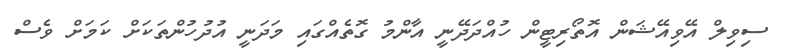
ސިވިލް އޭވިއޭޝަން އޮތޯރިޓީން ހުއްދަދޭނީ އާންމު ގޮތެއްގައި މަދަނީ އުދުހުންތަކަށް ކަމަށް ވެސް